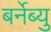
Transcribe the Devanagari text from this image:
बर्नेब्यु